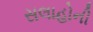
સલાહોની